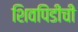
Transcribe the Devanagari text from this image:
शिवपिंडीची